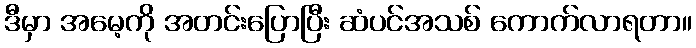
ဒီမှာ အမေ့ကို အတင်းပြောပြီး ဆံပင်အသစ် ကောက်လာရတာ။